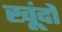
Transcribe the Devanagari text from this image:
खूंदों